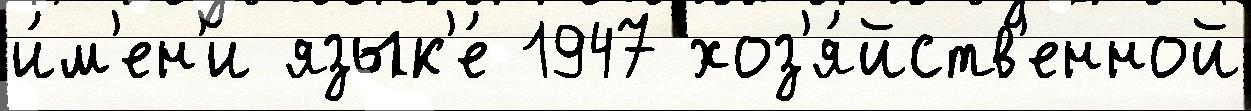
и́м'ен'и язык'е́ 1947 хоз'я́йств'енной